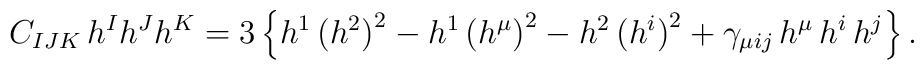
C_{IJK}\,h^Ih^Jh^K = 3\left\{ h^1\,\big(h^2\big)^2 -h^1\,\big(h^\mu\big)^2 -h^2\,\big(h^i\big)^2 +\gamma_{\mu ij}\,h^\mu\, h^i\,h^j\right\}.